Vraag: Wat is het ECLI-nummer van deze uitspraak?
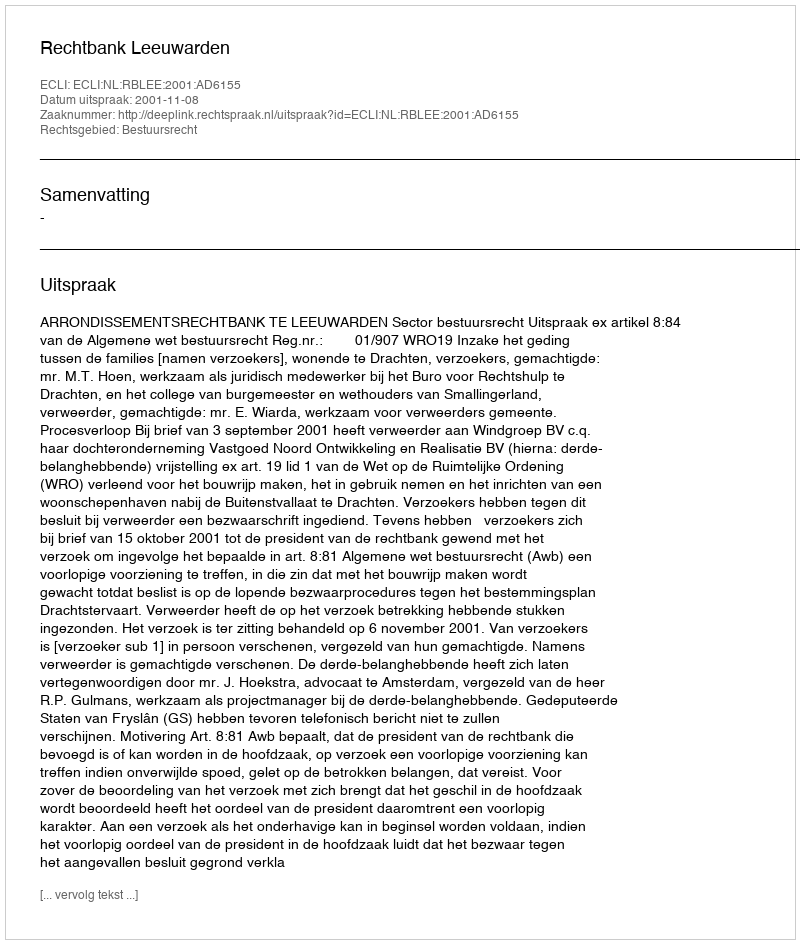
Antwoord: ECLI:NL:RBLEE:2001:AD6155